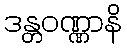
ဒန္တဝဏ္ဏာနိ